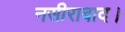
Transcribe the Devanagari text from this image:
नसीराबाद।